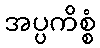
အပ္ပကိစ္စံ